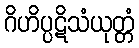
ဂိဟိပ္ပဋိသံယုတ္တံ